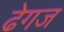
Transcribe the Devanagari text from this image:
ढेगज